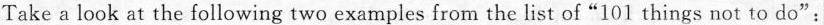
Take a look at the following two examples from the list of "101 things not to do":